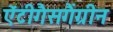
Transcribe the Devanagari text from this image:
ऐंटीगैसगैंग्रीन